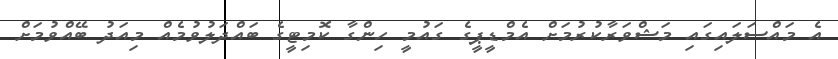
އެ މައްސަލައިގައި މަޝްވަރާކުރުމަށް އެމްޑީޕީގެ ގައުމީ ހިންގާ ކޮމިޓީގެ ބައްދަލުވުމެއް މިއަދު ބޭއްވުމަށް